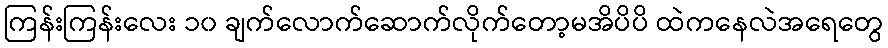
ကြန်းကြန်းလေး ၁၀ ချက်လောက်ဆောက်လိုက်တော့မအိပိပိ ထဲကနေလဲအရေတွေ